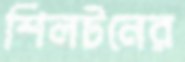
শিলটনের